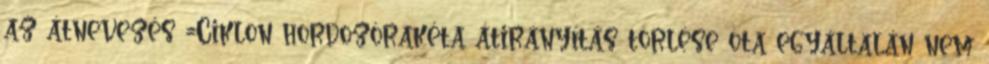
az átnevezés =Ciklon hordozórakéta átirányítás törlése óta egyáltalán nem